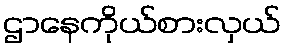
ဌာနေကိုယ်စားလှယ်